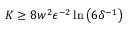
K \ge 8 w ^ { 2 } \epsilon ^ { - 2 } \ln \left( 6 \delta ^ { - 1 } \right)